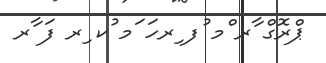
ޕްރޮގް ާރ ްމ ުފ ިރހަ ަމ ުކ ިރ ފަ ާރ